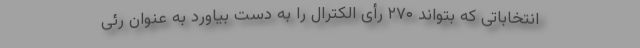
انتخاباتی که بتواند ۲۷۰ رأی الکترال را به دست بیاورد به عنوان رئی